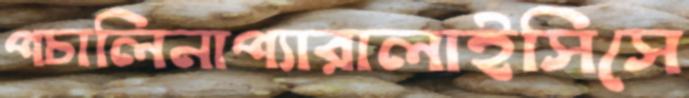
পচালিনাপ্যারালাইসিসে